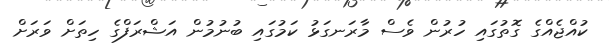
ކުއްޖެއްގެ ގޮތުގައި ހުރުން ވެސް މާރަނގަޅު ކަމުގައި ބުނުމުން އަޝްރަފްގެ ހިތަށް ވަރަށް